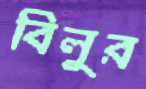
বিলুর